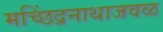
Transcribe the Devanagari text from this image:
मच्छिंद्रनाथाजवळ